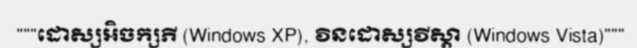
"""ដោស្សអិចក្សភី (Windows XP), វិនដោស្សវីស្តា (Windows Vista)"""